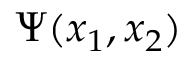
\Psi ( x _ { 1 } , x _ { 2 } )